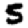
Digit: 5